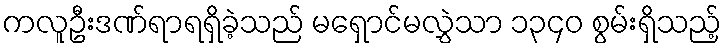
ကလူဦးဒဏ်ရာရရှိခဲ့သည် မရှောင်မလွှဲသာ ၁၃၄၀ စွမ်းရှိသည့်